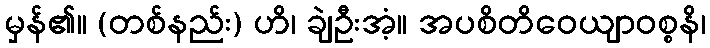
မှန်၏။ (တစ်နည်း) ဟိ၊ ချဲဦးအံ့။ အပစိတိဝေယျာဝစ္စနိ၊